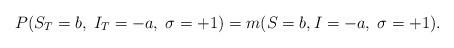
LaTeX: \begin{align*}P(S_T = b, \; I_T = -a, \; \sigma = +1 )=m(S=b, I=-a, \; \sigma = +1).\end{align*}